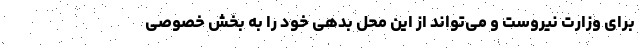
برای وزارت نیروست و می‌تواند از این محل بدهی خود را به بخش خصوصی